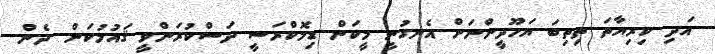
އަދި ކިރިޔާތަ ތިތިބަ ޔަހޫދީންނަށް އެނގުނީ މީކަން ޑިމަޮކްރަސީ ދަސްކުރަންވީ ޤައުމުކަން. ދެން